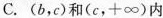
C.(b，c)和(c，+\infty)内